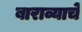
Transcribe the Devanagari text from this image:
बाराव्याचे